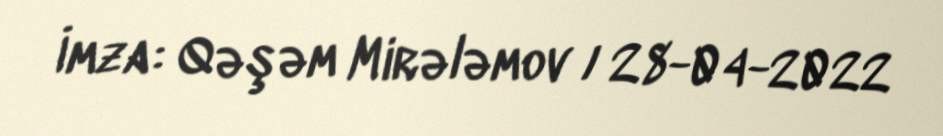
İmza: Qəşəm Mirələmov / 28-04-2022